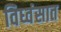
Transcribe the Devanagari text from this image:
विध्वंसात